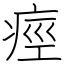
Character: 痙